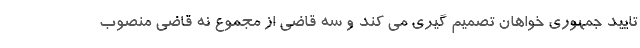
تایید جمهوری خواهان تصمیم گیری می کند و سه قاضی از مجموع نه قاضی منصوب